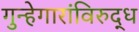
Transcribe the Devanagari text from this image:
गुन्हेगारांविरुद्ध